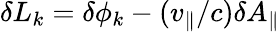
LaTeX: \delta L_{k}=\delta\phi_{k}-(v_{\parallel}/c)\delta A_{\parallel}